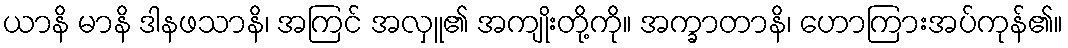
ယာနိ မာနိ ဒါနဖသာနိ၊ အကြင် အလှူ၏ အကျိုးတို့ကို။ အက္ခာတာနိ၊ ဟောကြားအပ်ကုန်၏။